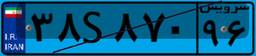
۶۳S۰۹۱۰۶